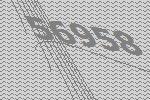
56958